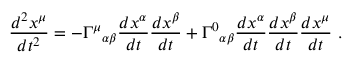
{ \frac { d ^ { 2 } x ^ { \mu } } { d t ^ { 2 } } } = - \Gamma ^ { \mu } { } _ { \alpha \beta } { \frac { d x ^ { \alpha } } { d t } } { \frac { d x ^ { \beta } } { d t } } + \Gamma ^ { 0 } { } _ { \alpha \beta } { \frac { d x ^ { \alpha } } { d t } } { \frac { d x ^ { \beta } } { d t } } { \frac { d x ^ { \mu } } { d t } } \ .